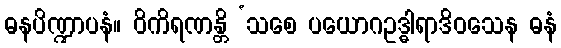
ဓနပိဏ္ဍာပနံ။ ဝိကိရဏန္တိ ‘သစေ ပယောဂဥဒ္ဓါရာဒိဝသေန ဓနံ